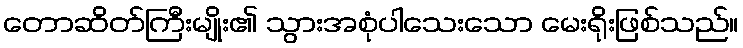
တောဆိတ်ကြီးမျိုး၏ သွားအစုံပါသေးသော မေးရိုးဖြစ်သည်။